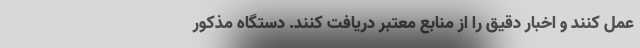
عمل کنند و اخبار دقیق را از منابع معتبر دریافت کنند. دستگاه مذکور